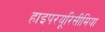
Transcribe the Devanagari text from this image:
हाइपरयूरिसीमिया